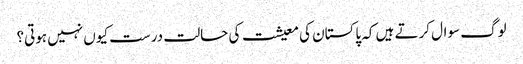
لوگ سوال کرتے ہیں کہ پاکستان کی معیشت کی حالت درست کیوں نہیں ہوتی؟